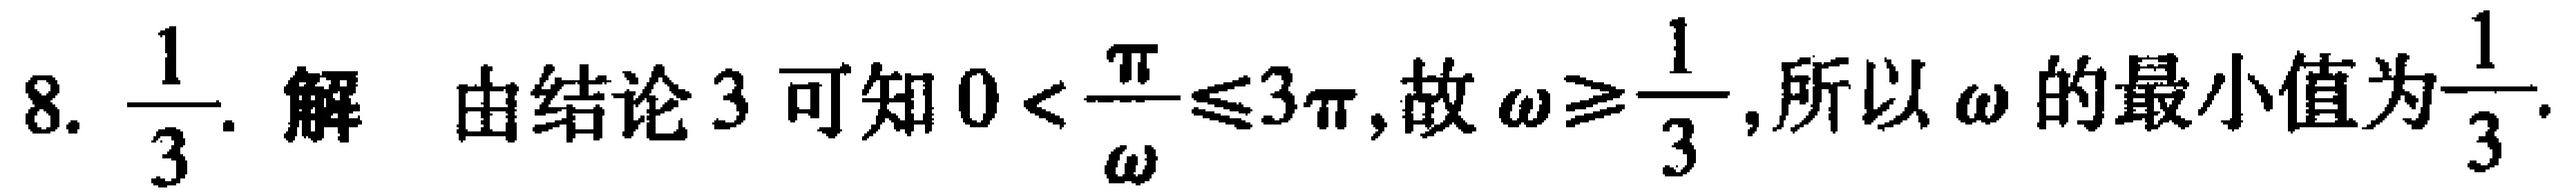
8. $\dfrac{1}{3}$. 解 由结论 3 可知 $0 < \dfrac{\pi}{\omega}\leq 3\pi$,故 $\omega\geq\dfrac{1}{3}$,所以 $\omega$ 的最小值为$\dfrac{1}{3}$.